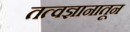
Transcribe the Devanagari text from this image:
तत्वज्ञानातून